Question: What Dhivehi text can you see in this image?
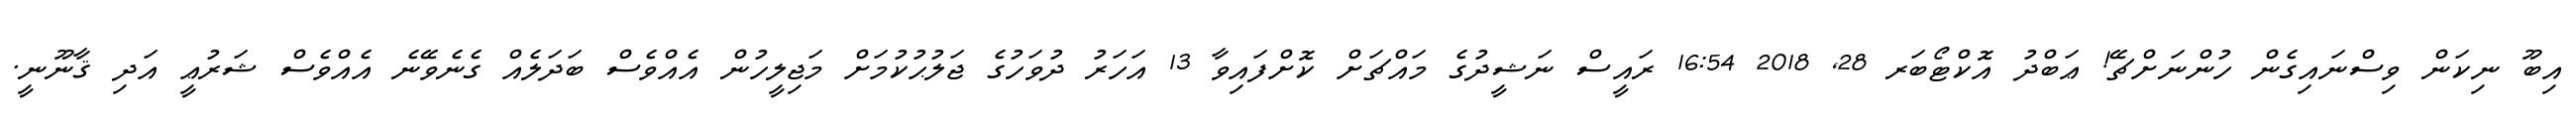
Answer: އިބޫ ނިކަން ވިސްނައިގެން ހުންނަށްޗޭ! ޢަބްދު އޮކްޓޯބަރ 28, 2018 16:54 ރައީސް ނަޝީދުގެ މައްޗަށް ކޮށްފައިވާ 13 އަހަރު ދުވަހުގެ ޖަލުޙުކުމަށް މަޖިލީހުން އެއްވެސް ބަދަލެއް ގެނެވޭނެ އެއްވެސް ޝަރުޢީ އަދި ޤާނޫނީ.